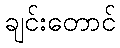
ချင်းတောင်